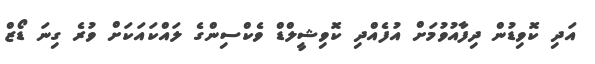
އަދި ކޮވިޑުން ދިފާއުވުމަށް އުފެއްދި ކޮވިޝީލްޑް ވެކްސިންގެ ލައްކައަކަށް ވުރެ ގިނަ ޑޯޒް